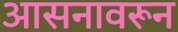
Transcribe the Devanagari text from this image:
आसनावरून